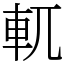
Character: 軏